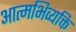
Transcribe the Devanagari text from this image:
आत्मभिव्यक्ति